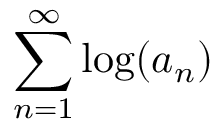
\sum _ { n = 1 } ^ { \infty } \log ( a _ { n } )